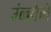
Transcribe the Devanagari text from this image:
उंन्होने